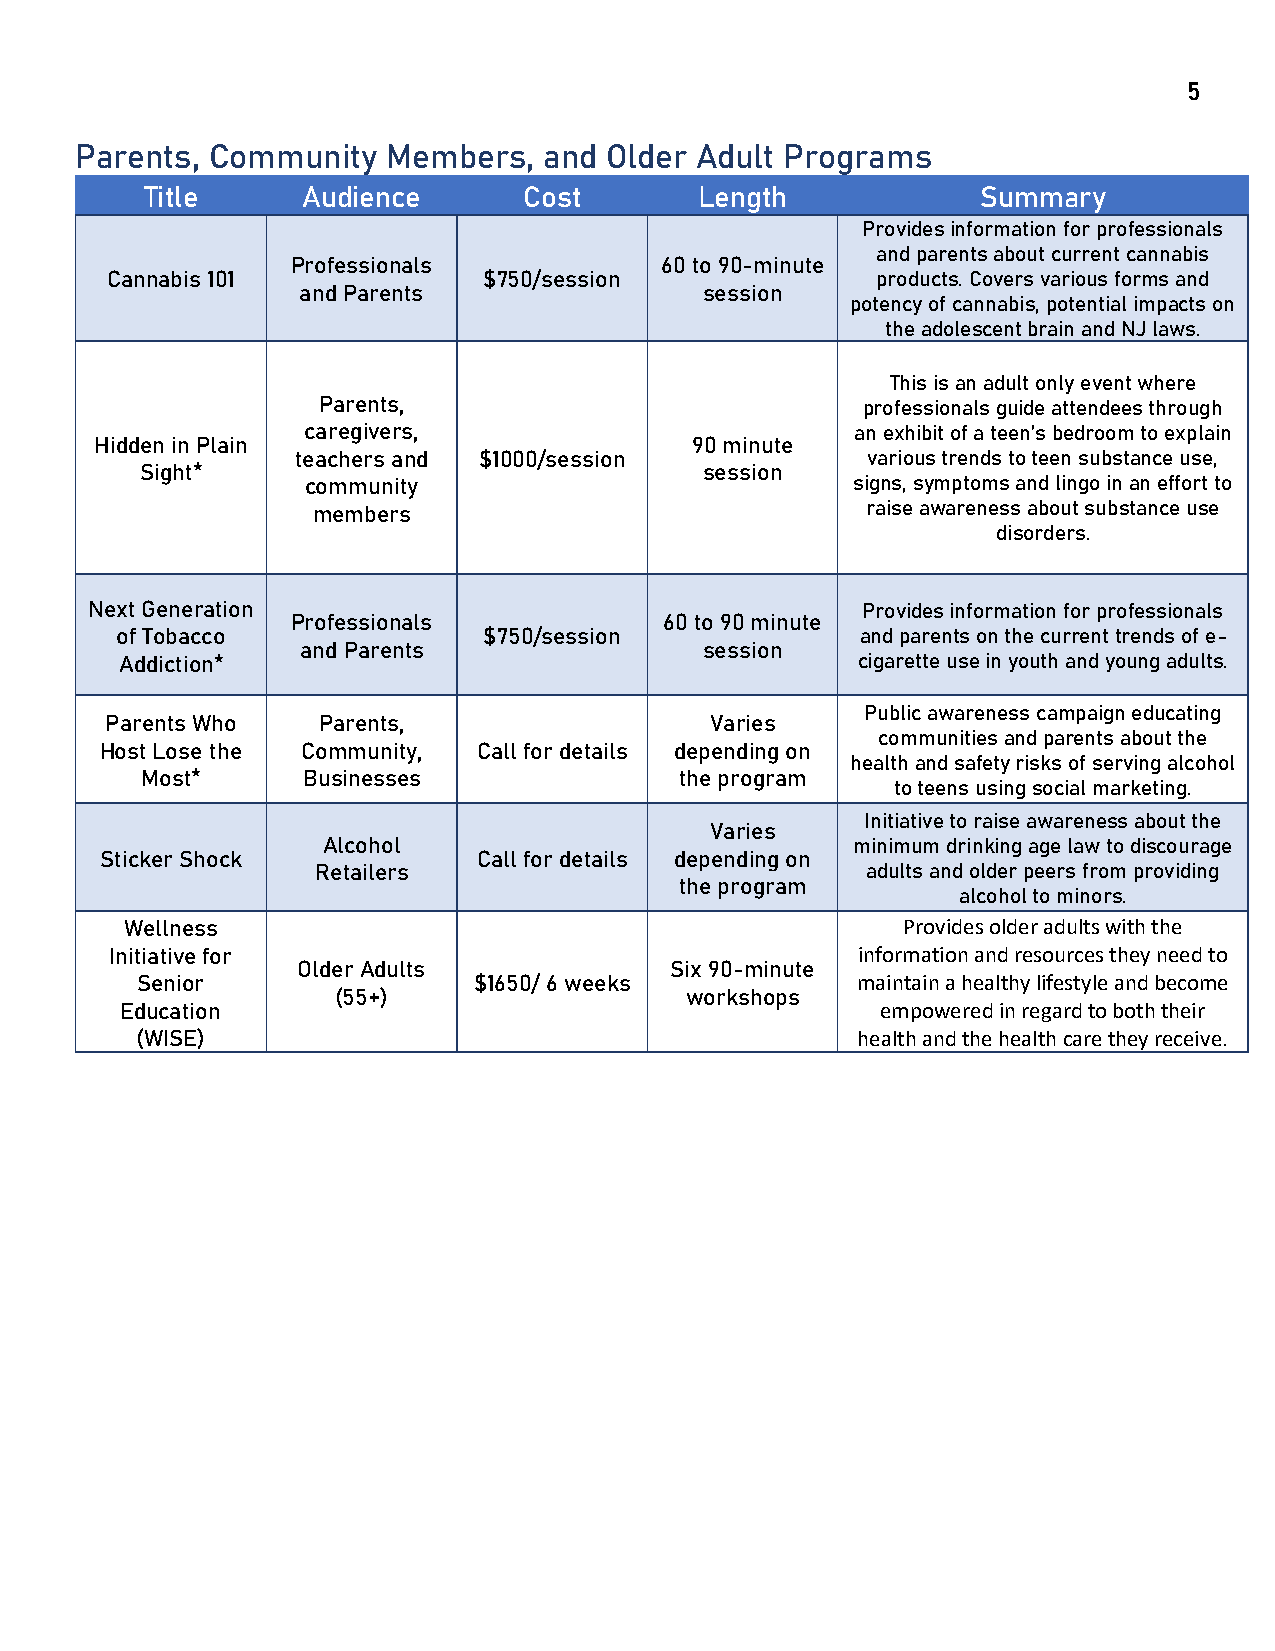
5
 Parents, Community   Members,  and Older Adult Programs
 Title     Audience       Cost       Length             Summary
 Provides information for professionals
 and parents about current cannabis
 Professionals            60 to 90-minute
 Cannabis 101             $750/session              products. Covers various forms and
 and Parents                session
 potency of cannabis, potential impacts on
 the adolescent brain and NJ laws.
 This is an adult only event where
 Parents,                            professionals guide attendees through
 caregivers,                          an exhibit of a teen’s bedroom to explain
 Hidden in Plain                         90 minute
 teachers and $1000/session           various trends to teen substance use,
 Sight*                                session
 community                           signs, symptoms and lingo in an effort to
 members                             raise awareness about substance use
 disorders.
 Next Generation                                    Provides information for professionals
 Professionals            60 to 90 minute
 of Tobacco              $750/session             and parents on the current trends of e-
 and Parents                session
 Addiction*                                       cigarette use in youth and young adults.
 Public awareness campaign educating
 Parents Who   Parents,                  Varies
 communities and parents about the
 Host Lose the Community, Call for details depending on
 health and safety risks of serving alcohol
 Most*      Businesses               the program
 to teens using social marketing.
 Initiative to raise awareness about the
 Varies
 Alcohol                            minimum drinking age law to discourage
 Sticker Shock            Call for details depending on
 Retailers                           adults and older peers from providing
 the program
 alcohol to minors.
 Wellness                                            Provides older adults with the
 Initiative for                                    information and resources they need to
 Older Adults            Six 90-minute
 Senior                $1650/ 6 weeks            maintain a healthy lifestyle and become
 (55+)                  workshops
 Education                                         empowered in regard to both their
 (WISE)                                          health and the health care they receive.